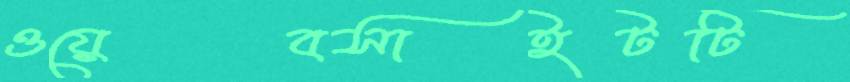
ওয়েবসাইটটি